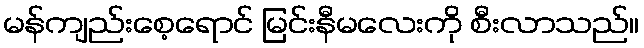
မန်ကျည်းစေ့ရောင် မြင်းနီမလေးကို စီးလာသည်။